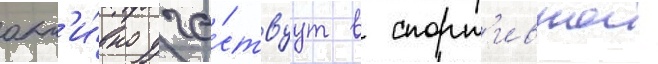
акт'и́вно уча́ствуут в спорт'ивнои